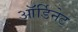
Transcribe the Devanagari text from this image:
ऑर्डिनेट